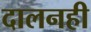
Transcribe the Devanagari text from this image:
दालनही